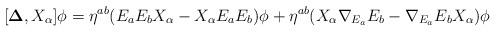
LaTeX: \begin{align*}[{\bf \Delta},X_\alpha]\phi = {\eta}^{ab}(E_aE_bX_\alpha - X_\alpha E_aE_b)\phi+{\eta}^{ab}(X_\alpha{\nabla_{E_a}}E_b - {\nabla_{E_a}}E_bX_\alpha)\phi\end{align*}